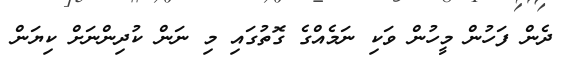
ދެން ފަހުން މީހުން ވަކި ނަމެއްގެ ގޮތުގައި މި ނަން ކުދިންނަށް ކިޔަން